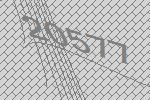
20577